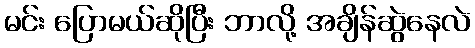
မင်း ပြောမယ်ဆိုပြီး ဘာလို့ အချိန်ဆွဲနေလဲ